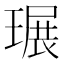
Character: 𤧷